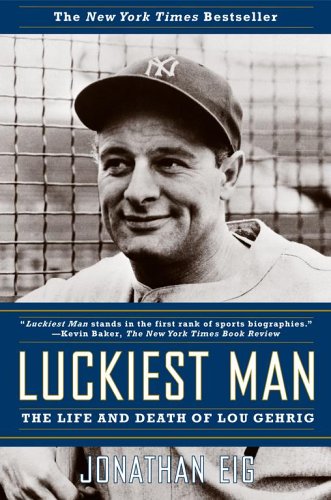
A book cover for Luckiest Man: The Life and Death of Lou Gehrig; Jonathan Eig; Biographies & Memoirs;